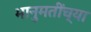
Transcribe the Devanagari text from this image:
भानुमतींच्या